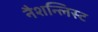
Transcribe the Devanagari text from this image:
नैशन्लिस्ट